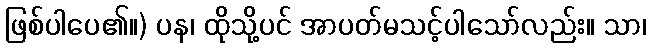
ဖြစ်ပါပေ၏။) ပန၊ ထိုသို့ပင် အာပတ်မသင့်ပါသော်လည်း။ သာ၊